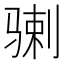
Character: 𩨉